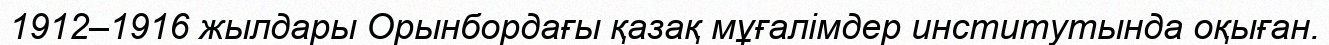
1912–1916 жылдары Орынбордағы қазақ мұғалімдер институтында оқыған.